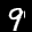
Label: 9